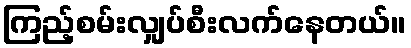
ကြည့်စမ်းလျှပ်စီးလက်နေတယ်။